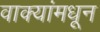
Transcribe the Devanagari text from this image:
वाक्यांमधून